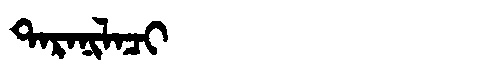
Manchu: ᡨᠠᡵᠠᠨᡳᠯᠠᠴᡳ
Romanization: TARANILACI